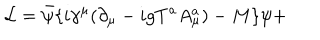
{ \cal L } = \bar { \psi } \{ i \gamma ^ { \mu } ( \partial _ { \mu } - i g T ^ { a } A _ { \mu } ^ { a } ) - M \} \psi +